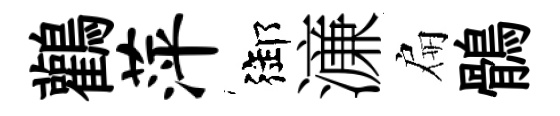
鸛萍御濓扁鶻